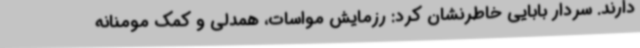
دارند. سردار بابایی خاطرنشان کرد: رزمایش مواسات، همدلی و کمک مومنانه